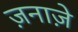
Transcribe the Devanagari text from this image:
ज़नाज़े